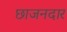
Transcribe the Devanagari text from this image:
छाजनदार